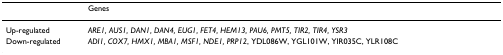
|  | Genes |
 | --- | --- |
 | Up-regulated | ARE1, AUS1, DAN1, DAN4, EUG1, FET4, HEM13, PAU6, PMT5, TIR2, TIR4, YSR3 |
 | Down-regulated | ADI1, COX7, HMX1, MBA1, MSF1, NDE1, PRP12, YDL086W, YGL101W, YIR035C, YLR108C |